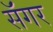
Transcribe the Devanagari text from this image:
सॅंगर